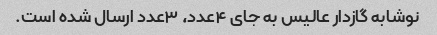
نوشابه گازدار عالیس به جای ۴عدد، ۳عدد ارسال شده است.